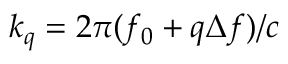
k _ { q } = 2 \pi ( f _ { 0 } + q \Delta f ) / c